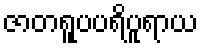
ဇာတရူပပရိပူရာယ